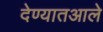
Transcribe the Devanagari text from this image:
देण्यातआले